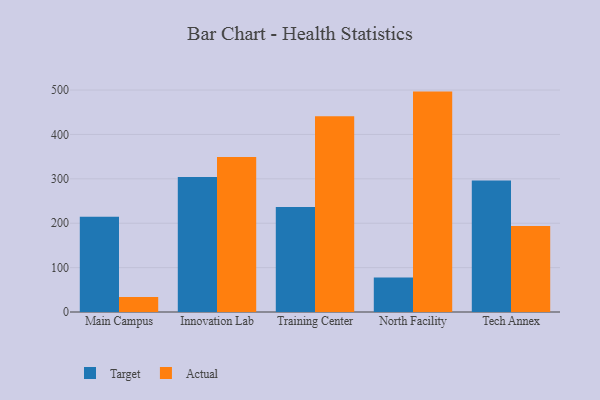
{"axis": {"x": "Campus", "y": "Market Share (%)"}, "legend": ["Actual", "Target"], "data": [{"x": "Main Campus", "y": 214.8, "type": "Target"}, {"x": "Main Campus", "y": 33.8, "type": "Actual"}, {"x": "Innovation Lab", "y": 304.2, "type": "Target"}, {"x": "Innovation Lab", "y": 349.2, "type": "Actual"}, {"x": "Training Center", "y": 236.7, "type": "Target"}, {"x": "Training Center", "y": 440.9, "type": "Actual"}, {"x": "North Facility", "y": 77.7, "type": "Target"}, {"x": "North Facility", "y": 496.5, "type": "Actual"}, {"x": "Tech Annex", "y": 296.0, "type": "Target"}, {"x": "Tech Annex", "y": 193.5, "type": "Actual"}]}